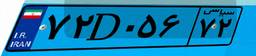
۹۲D۸۵۴۶۹